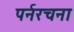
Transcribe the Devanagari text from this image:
पर्नरचना